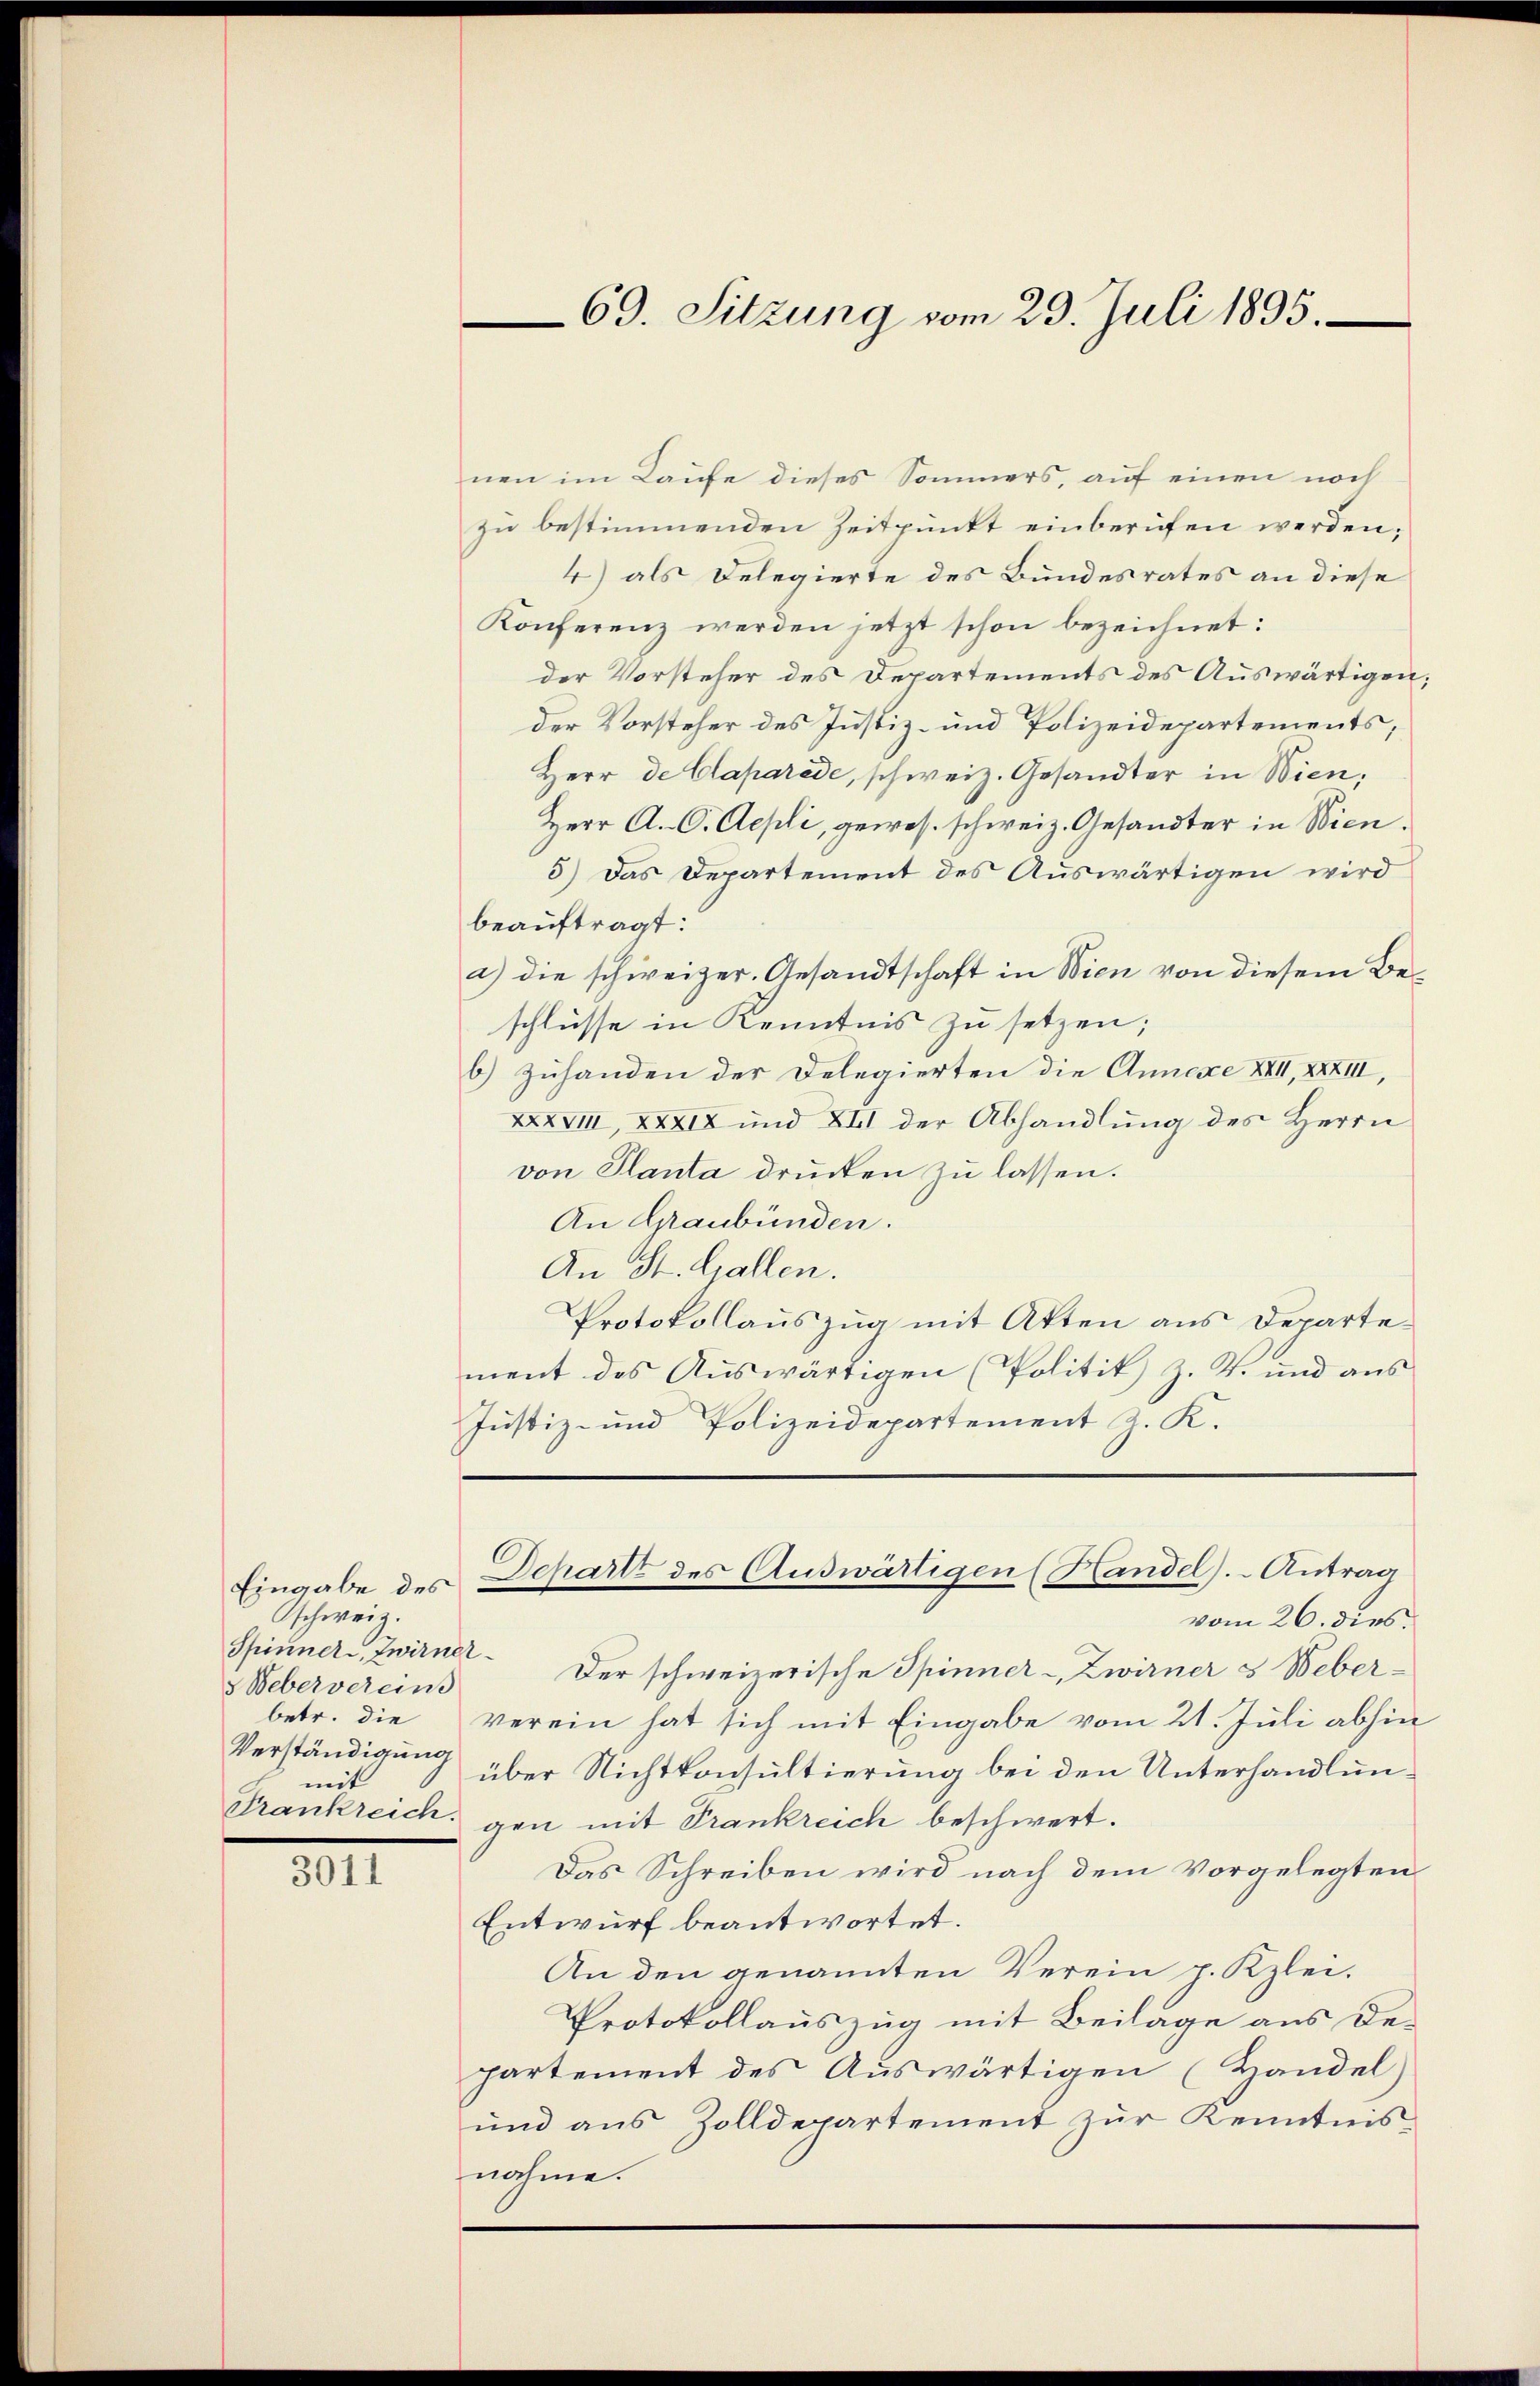
Eingabe des
schweiz.
5 Webervereins
betr. die
Verständigung
mit
Frankreich.

3011

nen im Laufe dieses Sommers, auf einen noch
zu bestimmenden Zeitpunkt einberufen werden.
4) als Delegierte des Bundesrates an diese
Konferenz werden jetzt schon bezeichnet:
der Vorsteher des Departements des Auswärtigen,
der Vorsteher des Justiz- und Polizeidepartements,
Herr de Claparade, schweiz. Gesandter in Wien,
Herr A. C. Aepli, gewes. schweiz. Gesandter in Wien.
5.) Das Departement des Auswärtigen wird
beauftragt:
a) die schweizer. Gesandtschaft in Wien von diesem Beschlüsse in Kenntnis zu setzen;
b) Zuhanden der Delegierten die Annexe XVII, XXXIII,
XXXVIII, XXXIX und XIII der Abhandlung des Herrn
von Planta drücken zu lassen.
An Graubünden.
An St. Gallen.
Protokollauszug mit Atten aus Departement des Auswärtigen (Politik) Z. 4. und aŭs
Justiz- und Polizeidepartement J. K.

69. Sitzung vom 23. Juli 1895.

Schartz des Auswärtigen (Handel). Antrag

vom 26. dies
Spinner, Zwirnet. Der schweizerische Spinner-Zwirner 3 Weberverein hat sich mit Eingabe vom 21. Juli abhin
über Nichtkonsultierung bei den Unterhandlungen mit Frankreich beschwert.
Das Schreiben wird nach dem Vorgelegten
Entwurf beantwortet.
An den genannten Verein p. Kzlei-
Protokollauszug mit Beilage aus De-
partement des Auswärtigen (Handel)
und aus Zolldepartement zur Kenntnis
nahme.